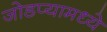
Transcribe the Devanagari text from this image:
जोडप्यामध्ये